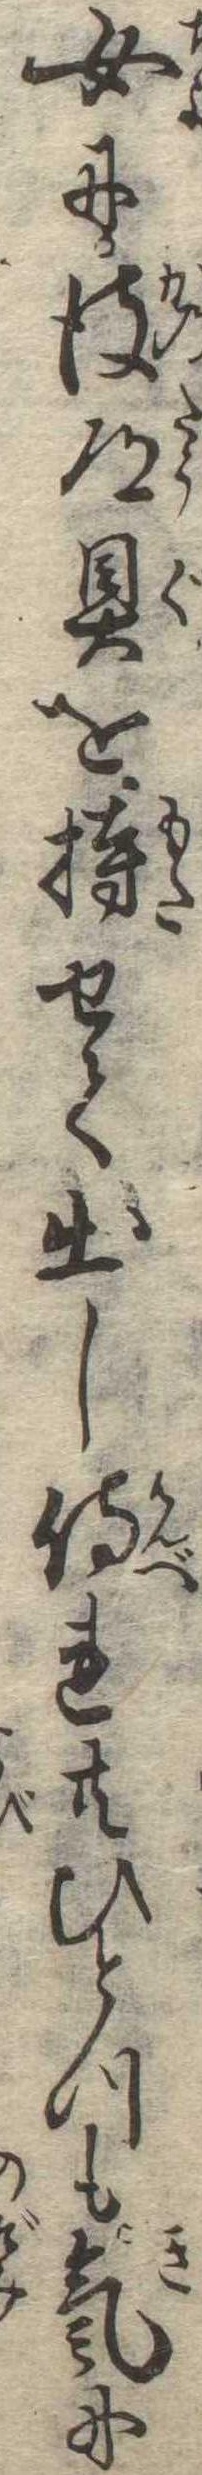
女に彼道具を持せて出し侍れ共ひとつも気に